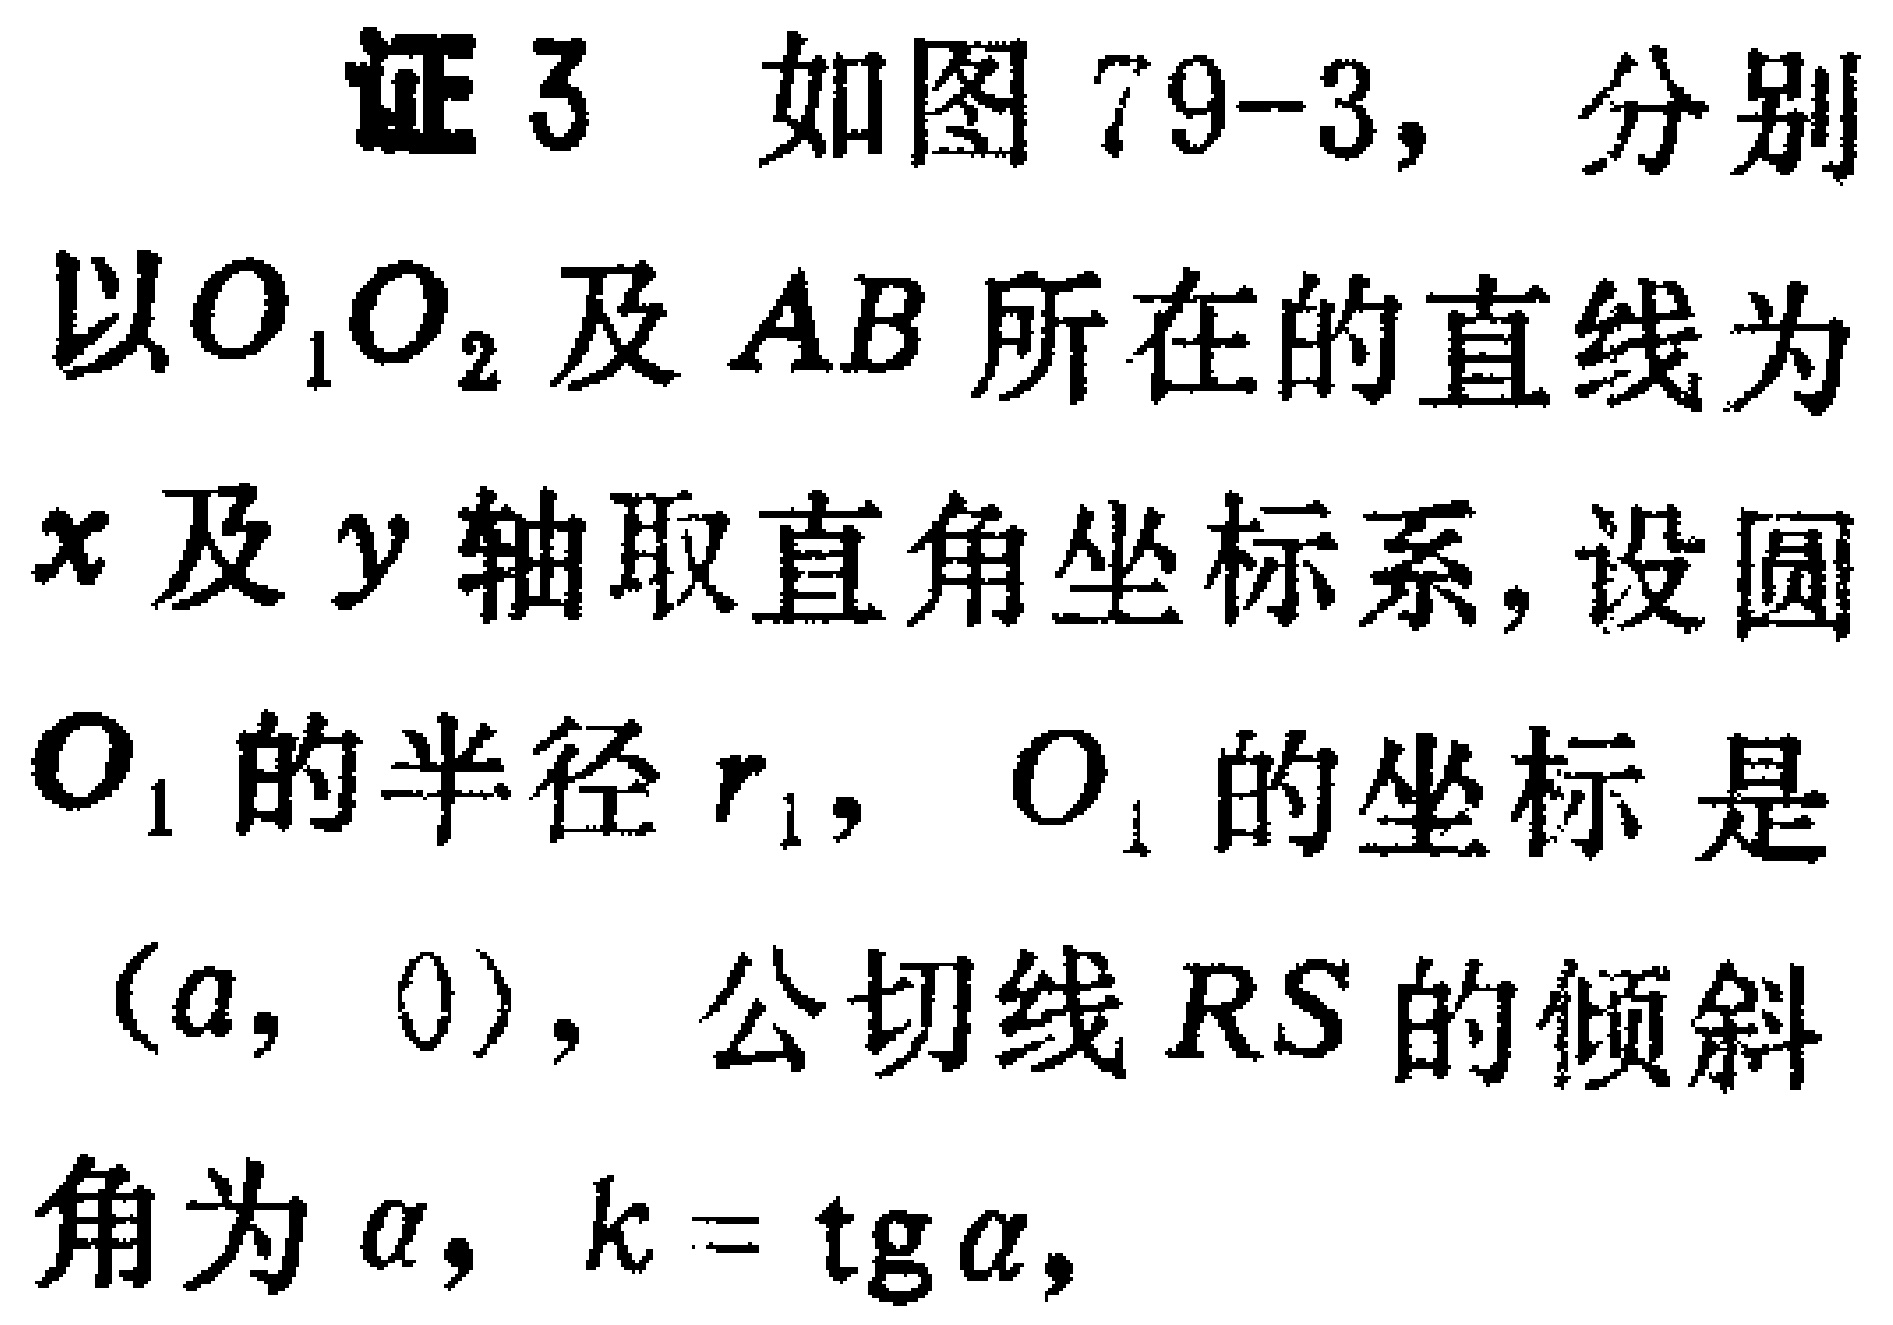
证3 如图79-3，分别以\(O_1O_2\)及\(AB\)所在的直线为\(x\)及\(y\)轴取直角坐标系，设圆\(O_1\)的半径\(r_1\)，\(O_1\)的坐标是\((a,0)\)，公切线\(RS\)的倾斜角为\(\alpha\)，\(k = \mathrm{tg}\alpha\)，